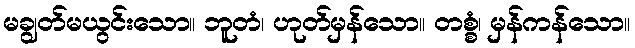
မချွတ်မယွင်းသော။ ဘူတံ၊ ဟုတ်မှန်သော။ တစ္စံ၊ မှန်ကန်သော။